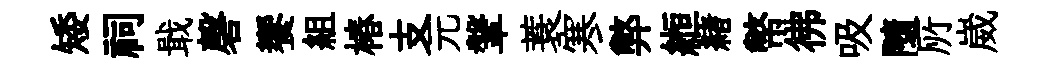
矮祠戢磬饗組椿支元鞶蓑寒弊縆緖幣彿吸隨𠩄崴